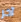
آخر